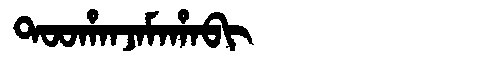
Manchu: ᡨᠣᠣᡥᠠᠨᠵᠠᠮᠠᡥᠠᠪᡳ
Romanization: TOOHANJAMAHABI